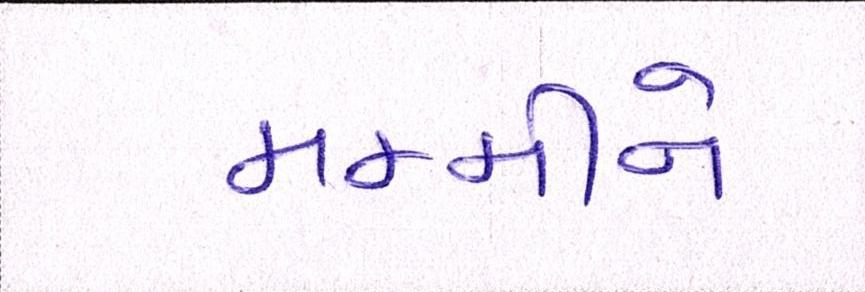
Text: મમ્મીને